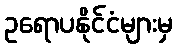
ဥရောပနိုင်ငံများမှ